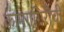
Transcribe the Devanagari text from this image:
कामगगिरीची